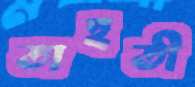
তাহতী